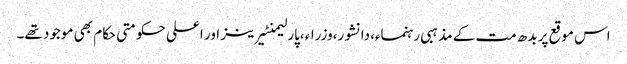
اس موقع پر بدھ مت کے مذہبی رہنماء،دانشور،وزراء،پارلیمنٹیرینز اور اعلی حکومتی حکام بھی موجود تھے۔